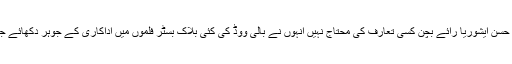
ایشوریارائے بچن بالی ووڈ کی صف اول کی اداکارہ اور سابقہ ملکہ حسن ایشوریا رائے بچن کسی تعارف کی محتاج نہیں انہوں نے بالی ووڈ کی کئی بلاک بسٹر فلموں میں اداکاری کے جوہر دکھائے جب کہ ان کی خوبصورت اور دلکش آنکھیں ان کی خاص پہچان ہیں۔